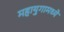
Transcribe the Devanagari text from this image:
महायुगामध्ये